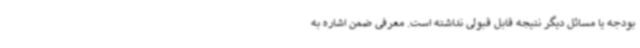
بودجه یا مسائل دیگر نتیجه قابل قبولی نداشته است. معرفی ضمن اشاره به